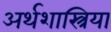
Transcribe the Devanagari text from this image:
अर्थशास्त्रिया